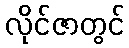
လိုင်ဇာတွင်